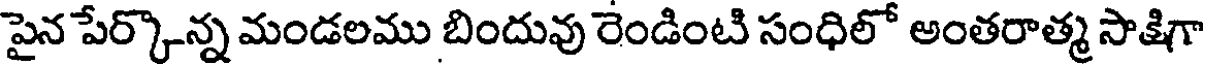
పైన పేర్కొన్న మండలము బిందువు రెండింటి సంధిలో అంతరాత్మ సాక్షిగా